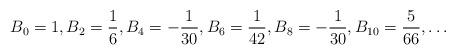
LaTeX: \begin{align*}B_0=1,B_2=\frac{1}{6},B_4=-\frac{1}{30},B_6=\frac{1}{42}, B_8=-\frac{1}{30}, B_{10}=\frac{5}{66}, \ldots\end{align*}